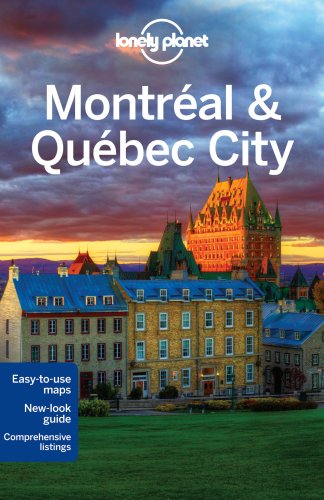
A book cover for Lonely Planet Montreal & Quebec City (Travel Guide); Lonely Planet; Travel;